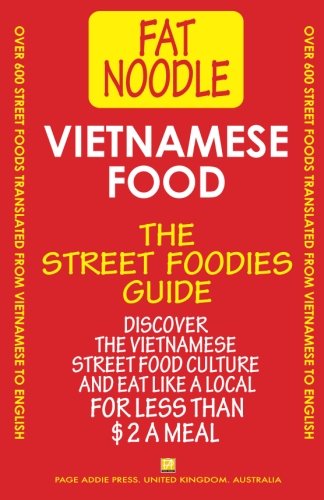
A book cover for Vietnamese Food.: Vietnamese Street Food Vietnamese to English Translations; Bruce Blanshard; Cookbooks, Food & Wine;